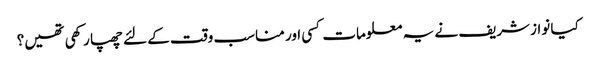
کیا نوازشریف نے یہ معلومات کسی اور مناسب وقت کے لئے چھپا رکھی تھیں؟